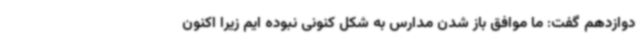
دوازدهم گفت: ما موافق باز شدن مدارس به شکل کنونی نبوده ایم زیرا اکنون